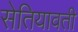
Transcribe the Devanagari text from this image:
सेतियावती